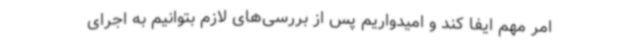
امر مهم ایفا کند و امیدواریم پس از بررسی‌های لازم بتوانیم به اجرای